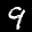
Label: 9